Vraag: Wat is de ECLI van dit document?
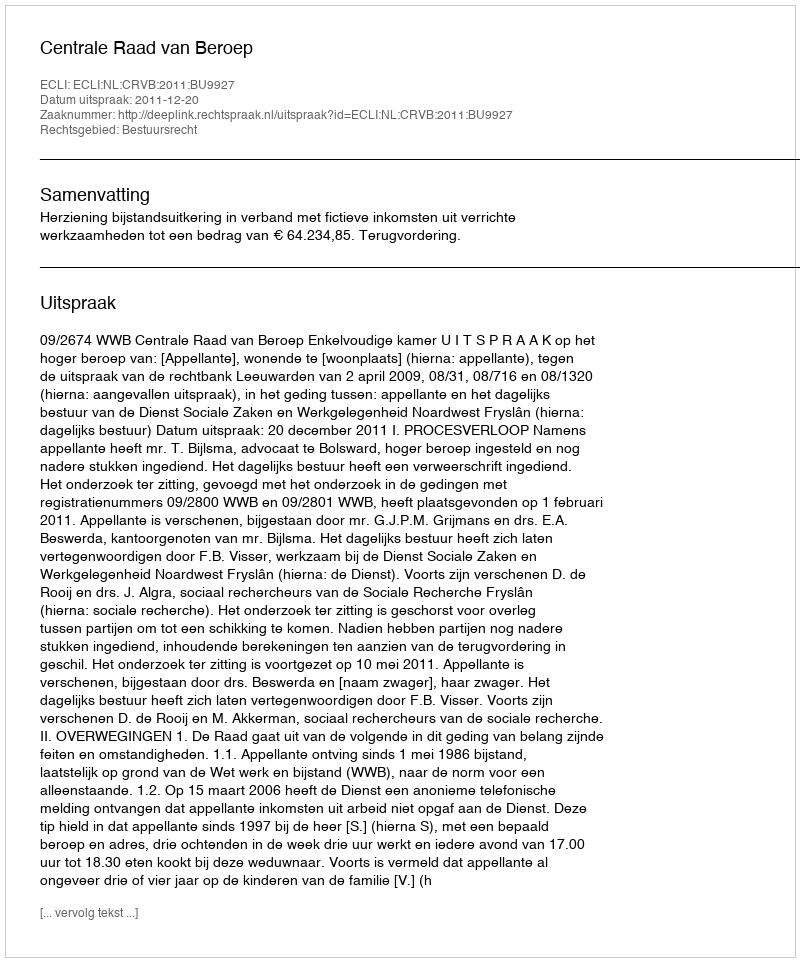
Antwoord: ECLI:NL:CRVB:2011:BU9927